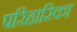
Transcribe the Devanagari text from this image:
परिहारिका